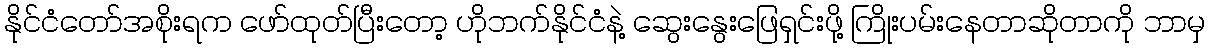
နိုင်ငံတော်အစိုးရက ဖော်ထုတ်ပြီးတော့ ဟိုဘက်နိုင်ငံနဲ့ ဆွေးနွေးဖြေရှင်းဖို့ ကြိုးပမ်းနေတာဆိုတာကို ဘာမှ